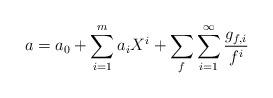
LaTeX: \begin{align*}a= a_0+ \sum_{i=1}^m a_iX^i + \sum_{f} \sum_{i=1}^{\infty} \frac{g_{f,i}}{f^i}\end{align*}